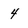
Character: 4